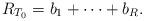
LaTeX: \begin{align*}R_{T_0} = b_1 + \cdots + b_R.\end{align*}